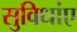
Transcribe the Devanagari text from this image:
सुविधांए